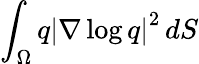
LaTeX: \int_{\Omega}q\left\lvert{\nabla\log q}\right\rvert^{2}\, dS